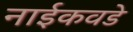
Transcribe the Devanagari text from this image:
नाईकवडे